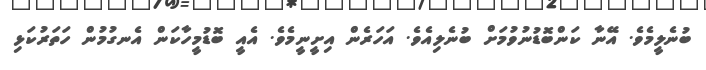
ބުނެލީމެވެ. އޭނާ ކަންބޮޑުނުވުމަށް ބުނެލިއެވެ. އަހަރެން އިށީނީމެވެ. އެއީ ބޮޑުމީހާކަން އެނގުމުން ހަތަރުކަޅި